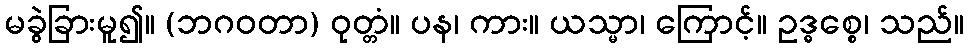
မခွဲခြားမူ၍။ (ဘဂဝတာ) ဝုတ္တံ။ ပန၊ ကား။ ယသ္မာ၊ ကြောင့်။ ဥဒ္ဓစ္စေ၊ သည်။